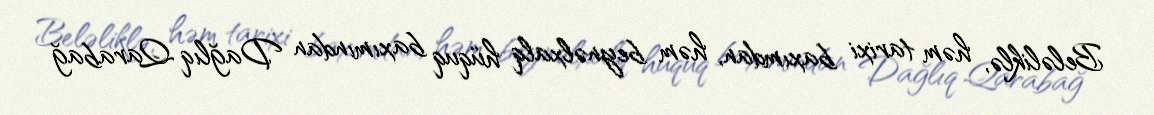
Beləliklə, həm tarixi baxımdan, həm beynəlxalq hüquq baxımından Dağlıq Qarabağ